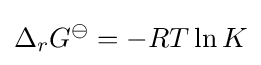
\Delta _{r}G^{\ominus }=-RT\ln K